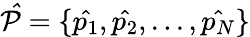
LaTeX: \mathcal{\hat{P}}=\{ \hat{p_{1}},\hat{p_{2}},...,\hat{p_{N}}\}